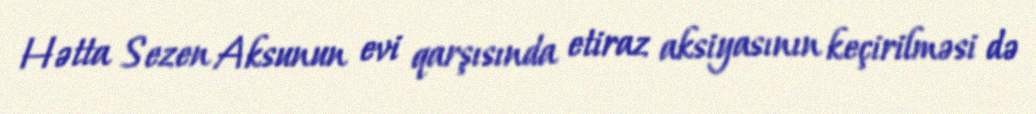
Hətta Sezen Aksunun evi qarşısında etiraz aksiyasının keçirilməsi də